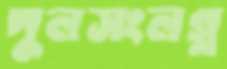
পুলসংলগ্ন